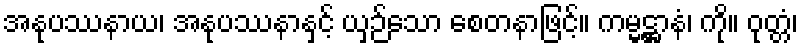
အနုပဿနာယ၊ အနုပဿနာနှင့် ယှဉ်သော စေတနာဖြင့်။ ကမ္မဋ္ဌာနံ၊ ကို။ ဝုတ္တံ၊